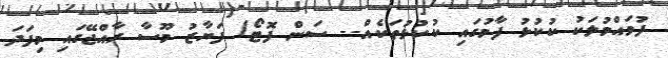
ފުވައްމުލަކު ކުކުޅު ފާމުގައި ކުކުޅުތަކެއް-- ސަން ފޮޓޯ/ ފަޔާޒު މޫސާ ރާއްޖޭގައި މިފަދަ